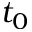
t _ { 0 }